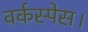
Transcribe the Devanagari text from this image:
वर्कस्पेस।